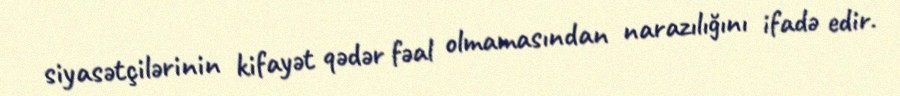
siyasətçilərinin kifayət qədər fəal olmamasından narazılığını ifadə edir.